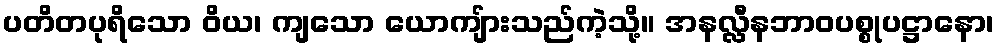
ပတိတပုရိသော ဝိယ၊ ကျသော ယောကျ်ားသည်ကဲ့သို့။ အနလ္လီနဘာဝပစ္စုပဋ္ဌာနော၊